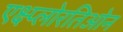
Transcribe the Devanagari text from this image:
एक्ष्प्लोरतिओन